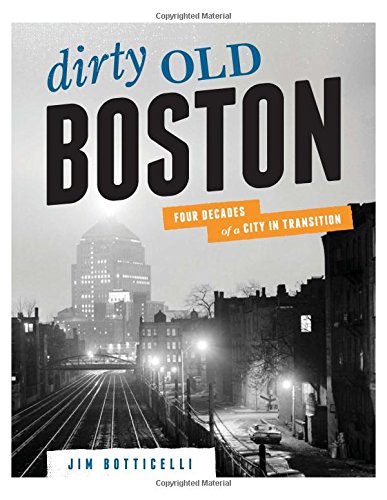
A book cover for Dirty Old Boston: Four Decades of a City in Transition; Jim Botticelli; Arts & Photography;